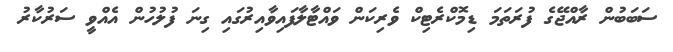
ސަބަބުން ރާއްޖޭގެ ފުރަތަމަ ޑިމޮކްރެޓިކް ވެރިކަން ވައްޓާލާފައިވާއިރުގައި ގިނަ ފުލުހުން އެއްވީ ސަރުކާރު